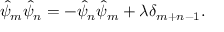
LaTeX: \hat { \psi } _ { m } \hat { \psi } _ { n } = - \hat { \psi } _ { n } \hat { \psi } _ { m } + \lambda \delta _ { m + n - 1 } .